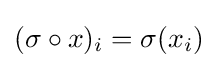
(\sigma \circ x)_{i}=\sigma (x_{i})